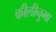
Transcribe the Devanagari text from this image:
कीलीनुमा